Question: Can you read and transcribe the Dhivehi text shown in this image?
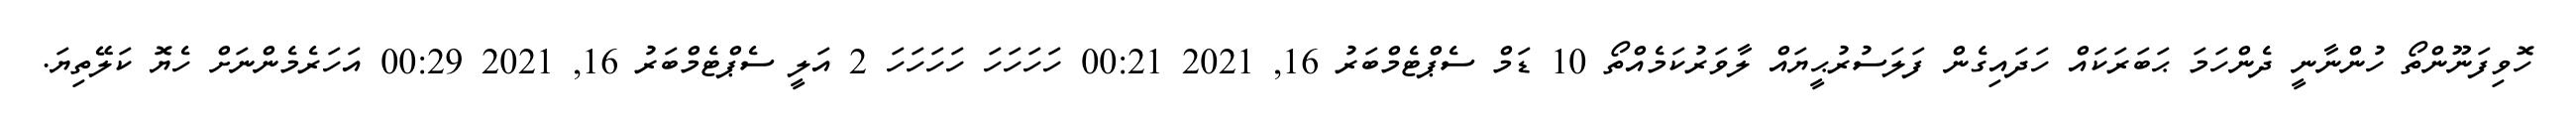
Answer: ހޮވިފަނޫންތޯ ހުންނާނީ ދެންހަމަ ޙަބަރަކައް ހަދައިގެން ފަލަސުރުޙީޔައް ލާވަރުކަމެއްތޯ 10 ޑަމް ސެޕްޓެމްބަރު 16, 2021 00:21 ހަހަހަހަ ހަހަހަހަ 2 އަލީ ސެޕްޓެމްބަރު 16, 2021 00:29 އަހަރެމެންނަށް ހެޔޮ ކަލޭތިޔަ.